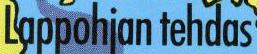
Lappohjan tehdas